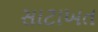
સાટાખત